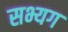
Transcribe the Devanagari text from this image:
सभ्यग